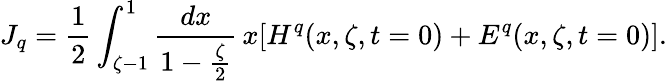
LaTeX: J_{q}=\frac{1}{2}\int_{\zeta-1}^{1}\frac{dx}{1-\frac{\zeta}{2}}\, x[H^{q}(x,\zeta,t=0)+E^{q}(x,\zeta,t=0)].